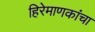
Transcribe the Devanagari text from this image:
हिरेमाणकांचा